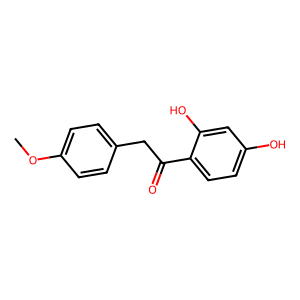
SMILES: COc1ccc(CC(=O)c2ccc(O)cc2O)cc1
Inhibits HIV replication: No